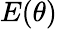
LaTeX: E(\theta)